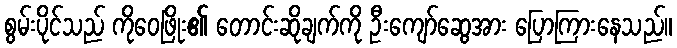
စွမ်းပိုင်သည် ကိုဝေဖြိုး၏ တောင်းဆိုချက်ကို ဦးကျော်ဆွေအား ပြောကြားနေသည်။